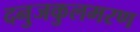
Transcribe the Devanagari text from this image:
दनुजकुलमरण